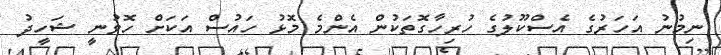
ނިމުނު އަހަރުގެ އެސްކޫލުގެ ހުރިހާގޮތަކުން އެންމެ މޮޅު ހައުސް އަކަށް ހޮވުނީ ޝަހީދު